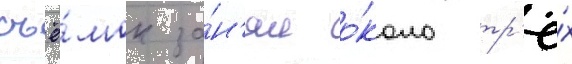
съё́мок за́н'ял о́коло тр'ё́х